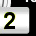
Digit: 2